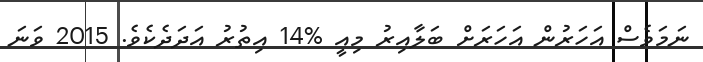
ނަމަވެސް އަހަރުން އަހަރަށް ބަލާއިރު މިއީ %14 އިތުރު އަދަދެކެވެ. 2015 ވަނަ